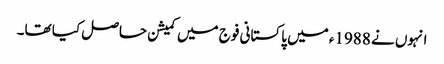
انہوں نے 1988ء میں پاکستانی فوج میں کمیشن حاصل کیا تھا۔